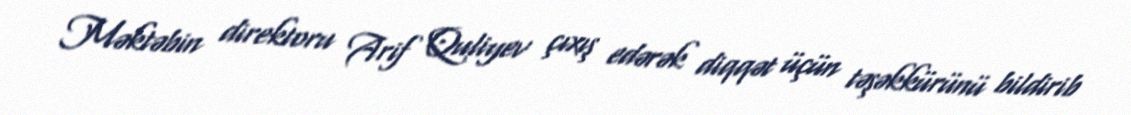
Məktəbin direktoru Arif Quliyev çıxış edərək diqqət üçün təşəkkürünü bildirib